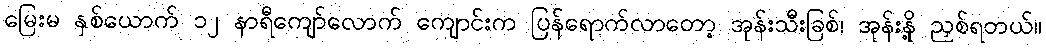
မြေးမ နှစ်ယောက် ၁၂ နာရီကျော်လောက် ကျောင်းက ပြန်ရောက်လာတော့ အုန်းသီးခြစ်၊ အုန်းနို့ ညှစ်ရတယ်။